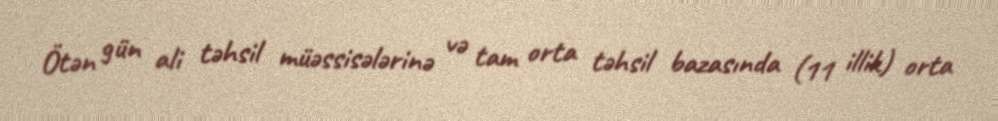
Ötən gün ali təhsil müəssisələrinə və tam orta təhsil bazasında (11 illik) orta